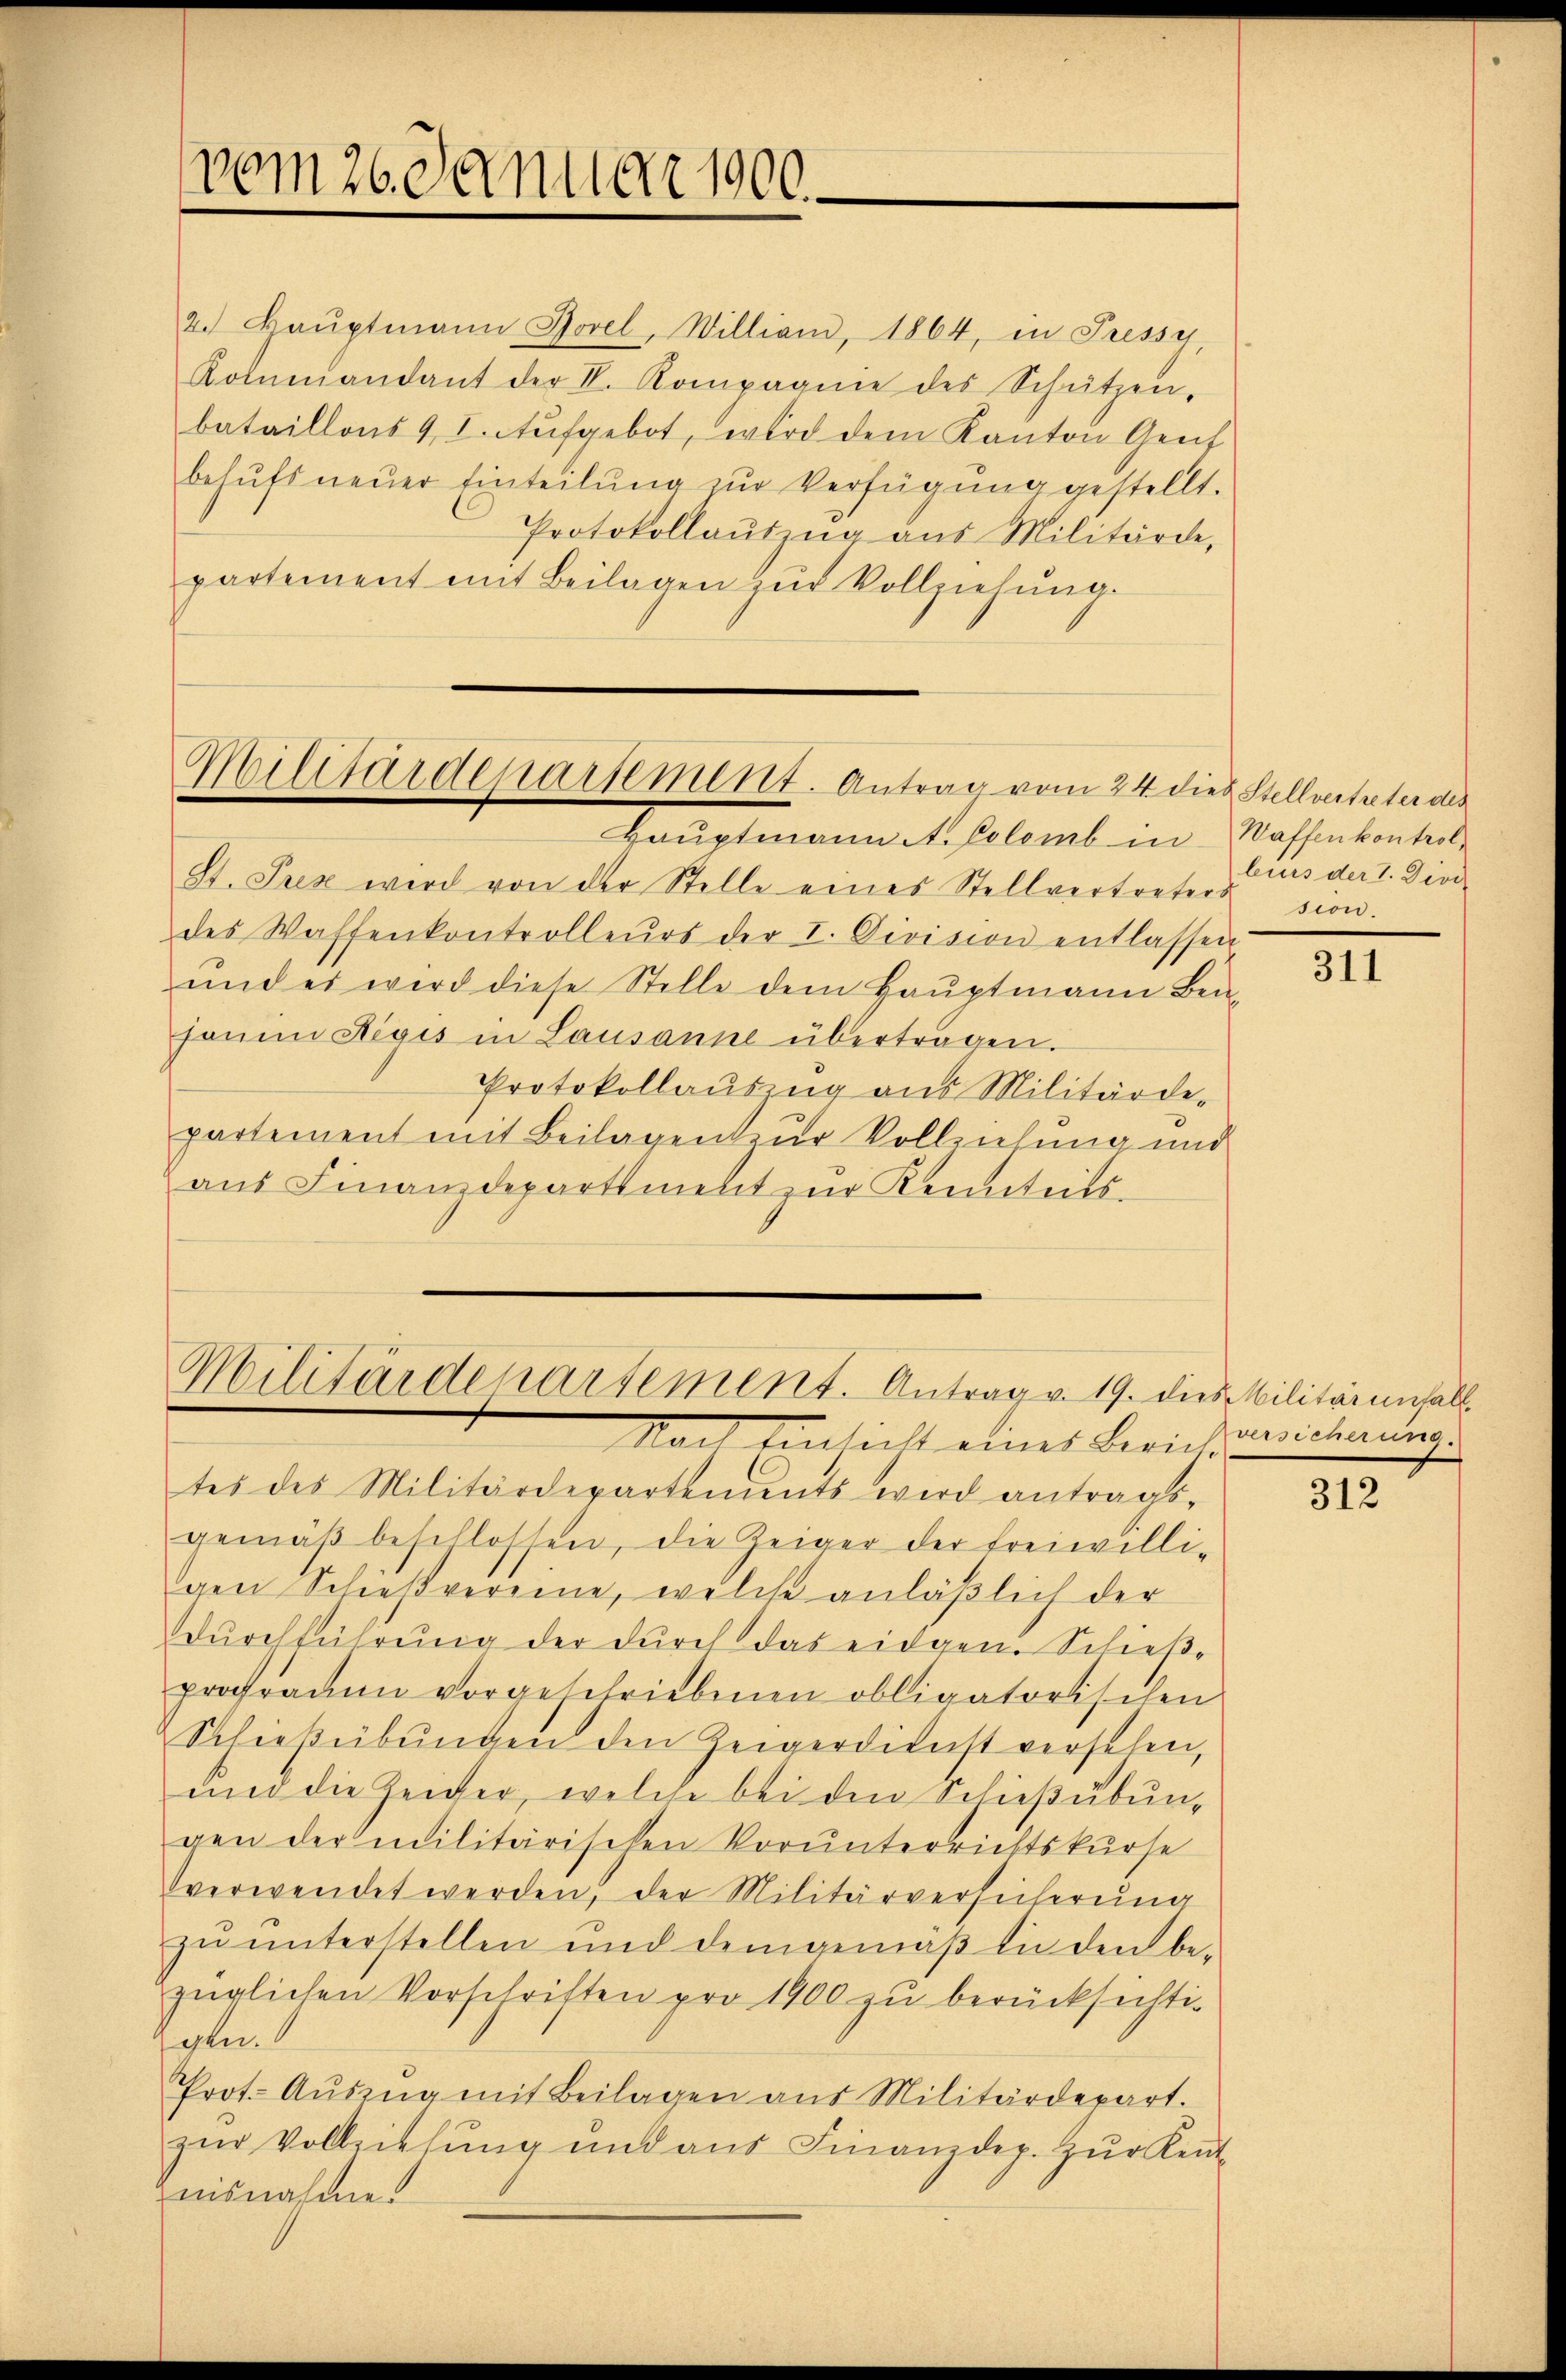
vom 26. Januar 1900.

2. Baŭptmann Jovel, Willian, 1864, in Pressy
Kommandant der V. Kompagnie des Schützen,
bataillons 9 I. Aufgebot, wird dem Kanton Genf
behŭfs neuer Einteilung zur Verfügung gestellt.
Protokollaŭszŭg aŭs Militärde,
partement mit Beilagen zŭr Vollziehung.

Militärdepartement. Antrag vom 24 de

Militärdepartement. Antrag v. 19. dies Militärenfall

Haldigtenden ehe solant in Massertentende
St. Prez wird von der Stelle eines Stellvertreters sion.
des Waffenkontrolleurs der I. Division entlassen
und es wird diese Stelle dem Haŭptmann Ben-
fame Regis in Lausanne übertragen.
Protokollauszug aus Militärde-
partement mit Beilagen zur Vollziehung und
aŭs Finanzdepartement zur Kenntnits-

eb Stellvertreter des
burs der I. Devi

Nach Eins 1 eines Zürich reichnung.
tes des Militärdepartements wird antrags-
gemäβ beschlossen, die Zeiger der freiwilli-
gen Schießvereine, welche anläβlich der
Durchführung der durch das eidgen. Schießprofraum vorgeschriebenen obligatorischen
Schießübungen den Zeigerdienst versehen,
und die Zeicher, welche bei den Schießübung
gen der militärischen Vorunterrichtskurse
verwendet werden, der Militärversicherung
zu unterstellen und demgemäß sie den bezüglichen Vorschriften pro 1900 zu berücksichtigen.
Prot. Aŭszŭg mit Beilagen aus Militärdepart.
zŭr Vollziehŭng und aŭs Finanzdep. zŭr Keṅt-
nisnahme.

311

312